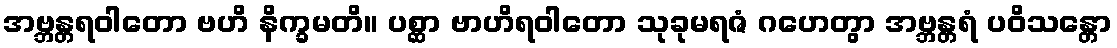
အဗ္ဘန္တရဝါတော ဗဟိ နိက္ခမတိ။ ပစ္ဆာ ဗာဟိရဝါတော သုခုမရဇံ ဂဟေတွာ အဗ္ဘန္တရံ ပဝိသန္တော